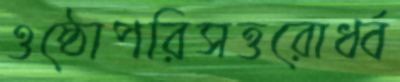
ওষ্ঠোপরিসত্তরোর্ধ্ব